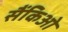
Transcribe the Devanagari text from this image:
सैंकिओ